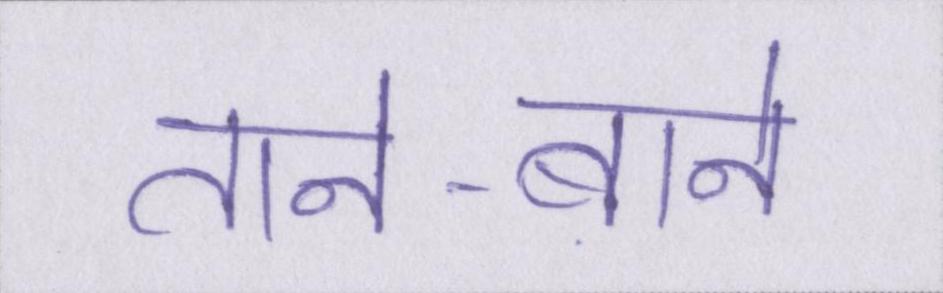
ताने-बाने